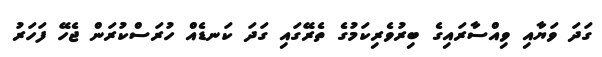
ގަދަ ވަޔާއި ވިއްސާރައިގެ ބިރުވެރިކަމުގެ ތެރޭގައި ގަދަ ކަނޑެއް ހުރަސްކުރަން ޖެހޭ ފަހަރު